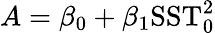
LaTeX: A=\beta_{0}+\beta_{1}\mathrm{SST}_{0}^{2}